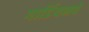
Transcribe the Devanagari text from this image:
गार्डियनचे